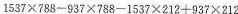
$$ 1537/times788-937/times788-1537/times212+937/times212 $$